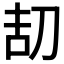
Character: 𠛽